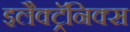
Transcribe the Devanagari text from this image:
इलैक्ट्रॅनिक्स